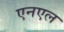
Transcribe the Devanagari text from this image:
एनएल